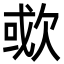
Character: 㰲